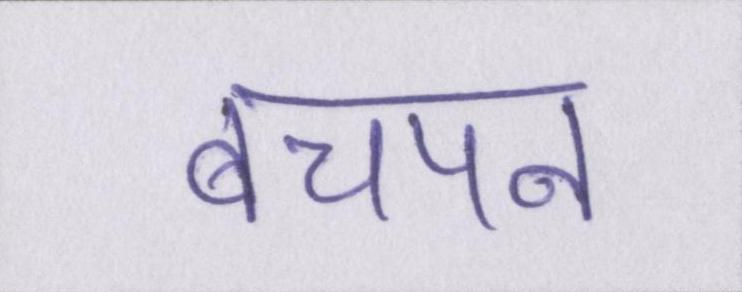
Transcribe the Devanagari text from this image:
बचपन